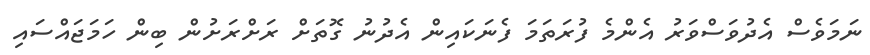
ނަމަވެސް އެދުވަސްވަރު އެންމެ ފުރަތަމަ ފެނަކައިން އެދުނު ގޮތަށް ރަށްރަށުން ބިން ހަމަޖައްސައި